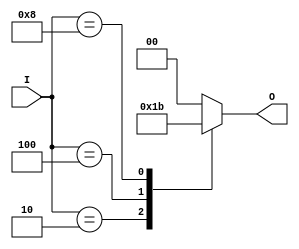
module relative_encoder (
    input wire [N-1:0] I,   // Input vector (N inputs)
    output reg [M-1:0] O    // Output vector (M bits)
);

parameter N = 4; // Number of inputs, can be adjusted as needed
parameter M = 2; // Output size (ceil(log2(N))), adjust based on N

always @(*) begin
    // Default output if no inputs are active
    O = {M{1'b0}}; // Set output to 0

    // Encoding logic
    casez (I) // Use casez to handle 'don't care' conditions
        4'b0001: O = 2'b00; // I0 active
        4'b0010: O = 2'b01; // I1 active
        4'b0100: O = 2'b10; // I2 active
        4'b1000: O = 2'b11; // I3 active
        // Add more cases if N > 4
        default: O = {M{1'b0}}; // No active inputs
    endcase
end

endmodule